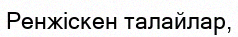
Ренжіскен талайлар,